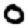
Digit: 0